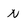
Character: N